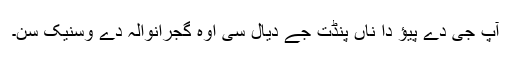
آپ جی دے پیؤ دا ناں پنڈت جےَ دیال سی اوہ گجرانوالہ دے وسنیک سن۔